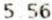
5.56